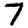
Digit: 7